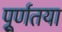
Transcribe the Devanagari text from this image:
पू्र्णतया